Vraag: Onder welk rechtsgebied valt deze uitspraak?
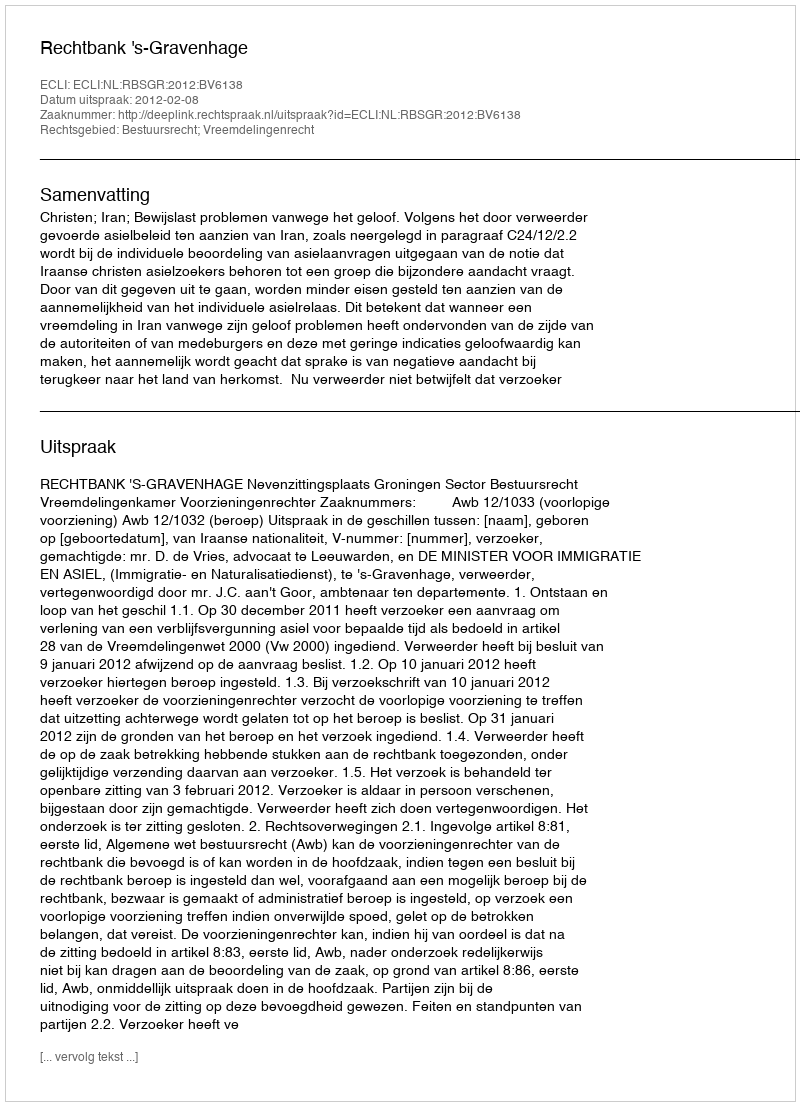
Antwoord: Bestuursrecht; Vreemdelingenrecht